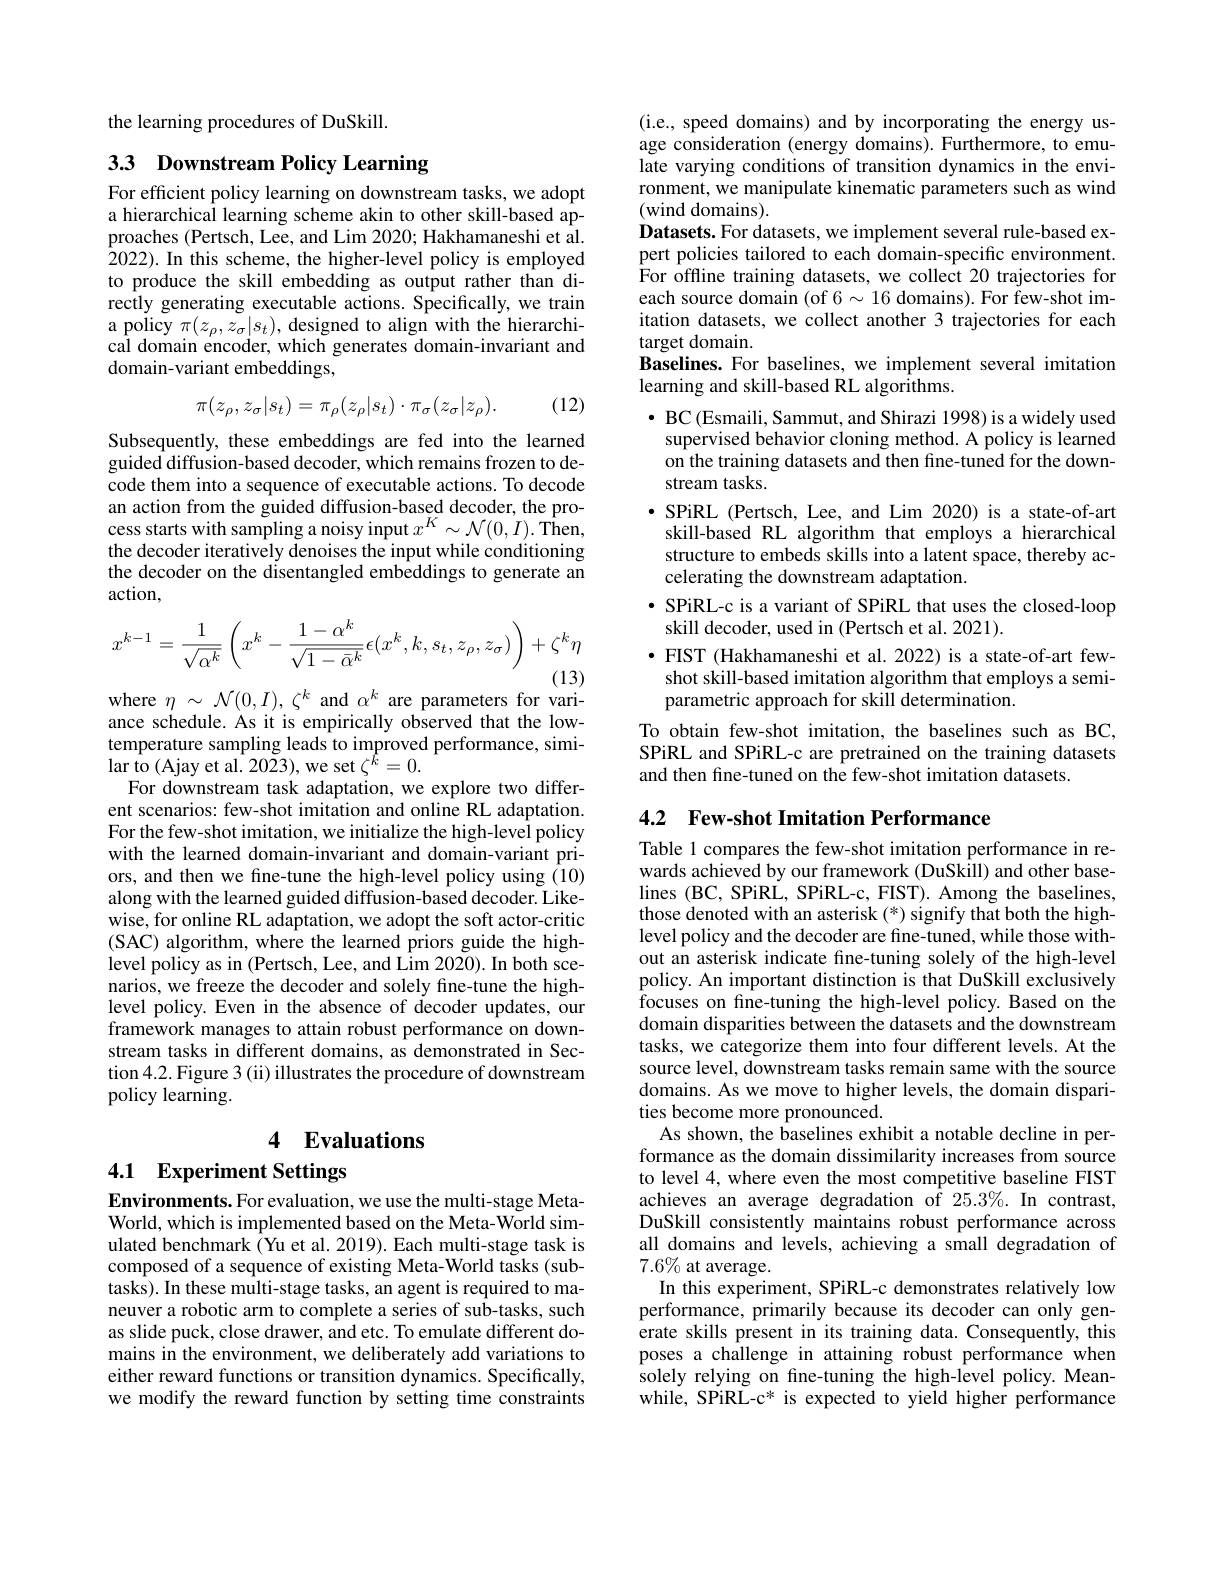
the learning procedures of DuSkill.

# 33 Downstream Policy Learning

For efficient policy learning on downstream tasks, we adopt a hierarchical learning scheme akin to other skill-based approaches (Pertsch, Lee, and Lim 2020; Hakhamaneshi et al. 2022). In this scheme, the higher-level policy is employed to produce the skill embedding as output rather than directly generating executable actions. Specifically, we train a policy $\pi(z_\rho,z_\sigma|s_t)$, designed to align with the hierarchical domain encoder, which generates domain-invariant and domain-variant embeddings,

(12)
$$\pi(z_{\rho},z_{\sigma}|s_{t})=\pi_{\rho}(z_{\rho}|s_{t})\cdot\pi_{\sigma}(z_{\sigma}|z_{\rho}).$$
Subsequently, these embeddings are fed into the learned guided diffusion-based decoder, which remains frozen to decode them into a sequence of executable actions. To decode an action from the guided diffusion-based decoder, the process starts with sampling a noisy input $x^K\sim\mathcal{N}(0,I).$ Then, the decoder iteratively denoises the input while conditioning the decoder on the disentangled embeddings to generate an action,
$$x^{k-1}=\frac{1}{\sqrt{\alpha^k}}\left(x^k-\frac{1-\alpha^k}{\sqrt{1-\bar{\alpha}^k}}\epsilon(x^k,k,s_t,z_\rho,z_\sigma)\right)+\zeta^k\eta $$
where $\eta\sim\mathcal{N}(0,I),\zeta^k$ and $\alpha^k$ are parameters for vari-

ance schedule. As it is empirically observed that the lowtemperature sampling leads to improved performance, simi- $\operatorname*{lar}_{{\mathrm{to}}}($Ajay et al.2023),we set$\zeta^{\hat{k}}=0.$
For downstream task adaptation, we explore two different scenarios: few-shot imitation and online RL adaptation. For the few-shot imitation, we initialize the high-level policy with the learned domain-invariant and domain-variant priors, and then we fine-tune the high-level policy using (10) along with the learned guided diffusion-based decoder. Likewise, for online RL adaptation, we adopt the soft actor-critic (SAC) algorithm, where the learned priors guide the highlevel policy as in (Pertsch, Lee, and Lim 2020). In both scenarios, we freeze the decoder and solely fine-tune the highlevel policy. Even in the absence of decoder updates, our framework manages to attain robust performance on downstream tasks in different domains, as demonstrated in Section 4.2. Figure 3 (ii) illustrates the procedure of downstream policy learning

# 4 Evaluations

4.1 Experiment Settings

Environments. For evaluation, we use the multi-stage MetaWorld, which is implemented based on the Meta-World simulated benchmark (Yu et al. 2019). Each multi-stage task is composed of a sequence of existing Meta-World tasks (subtasks). In these multi-stage tasks, an agent is required to maneuver a robotic arm to complete a series of sub-tasks, such as slide puck, close drawer, and etc. To emulate different domains in the environment, we deliberately add variations to either reward functions or transition dynamics. Specifically, we modify the reward function by setting time constraints

(i.e., speed domains) and by incorporating the energy usage consideration (energy domains). Furthermore, to emulate varying conditions of transition dynamics in the environment, we manipulate kinematic parameters such as wind (wind domains).
Datasets. For datasets, we implement several rule-based expert policies tailored to each domain-specific environment. For offline training datasets, we collect 20 trajectories for each source domain (of $6\sim16$ domains). For few-shot imitation datasets, we collect another 3 trajectories for each target domain.
Baselines. For baselines, we implement several imitation
learning and skill-based RL algorithms.
$\bullet$ BC (Esmaili, Sammut, and Shirazi 1998) is a widely used supervised behavior cloning method. A policy is learned on the training datasets and then fine-tuned for the downstream tasks.
$\bullet$ SPiRL (Pertsch, Lee, and Lim 2020) is a state-of-art skill-based RL algorithm that employs a hierarchical structure to embeds skills into a latent space, thereby accelerating the downstream adaptation
· SPiRL-c is a variant of SPiRL that uses the closed-loop
skill decoder, used in (Pertsch et al. 2021).
$\bullet$ FIST (Hakhamaneshi et al.2022) is a state-of-art fewshot skill-based imitation algorithm that employs a semiparametric approach for skill determination.
To obtain few-shot imitation, the baselines such as BC, SPiRL and SPiRL-c are pretrained on the training datasets and then fine-tuned on the few-shot imitation datasets.

4.2 Few-shot Imitation Performance

Table 1 compares the few-shot imitation performance in rewards achieved by our framework (DuSkill) and other baselines (BC, SPiRL, SPiRL-c, FIST). Among the baselines, those denoted with an asterisk (*) signify that both the highlevel policy and the decoder are fine-tuned, while those without an asterisk indicate fine-tuning solely of the high-level policy. An important distinction is that DuSkill exclusively focuses on fine-tuning the high-level policy. Based on the domain disparities between the datasets and the downstream tasks, we categorize them into four different levels. At the source level, downstream tasks remain same with the source domains. As we move to higher levels, the domain disparities become more pronounced.
As shown, the baselines exhibit a notable decline in performance as the domain dissimilarity increases from source to level 4, where even the most competitive baseline FIST achieves an average degradation of $25.3\%.$ In contrast, DuSkill consistently maintains robust performance across all domains and levels, achieving a small degradation of $7.6\%$ at average.
In this experiment, SPiRL-c demonstrates relatively low performance, primarily because its decoder can only generate skills present in its training data. Consequently, this poses a challenge in attaining robust performance when solely relying on fine-tuning the high-level policy. Meanwhile, SPiRL-c* is expected to yield higher performance